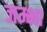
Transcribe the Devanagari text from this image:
जम्भा